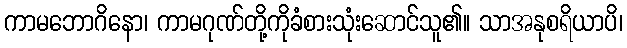
ကာမဘောဂိနော၊ ကာမဂုဏ်တို့ကိုခံစားသုံးဆောင်သူ၏။ သာအနုစရိယာပိ၊